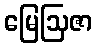
မြေဩဇာ